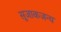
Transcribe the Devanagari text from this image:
सूजाकजन्य